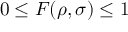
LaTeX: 0 \leq F ( \rho , \sigma ) \leq 1